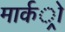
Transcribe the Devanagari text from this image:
मार्कर्ो